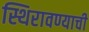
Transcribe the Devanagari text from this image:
स्थिरावण्याची